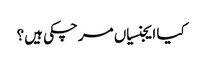
کیا ایجنسیاں مرچکی ہیں؟